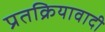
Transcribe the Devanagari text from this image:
प्रतक्रियावादी